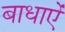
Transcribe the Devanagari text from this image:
बाधाऐं